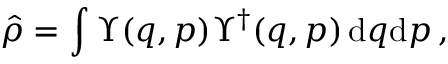
\hat { \rho } = \int \Upsilon ( q , p ) \Upsilon ^ { \dagger } ( q , p ) \, \mathrm { d } q \mathrm { d } p \, ,